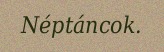
Néptáncok.